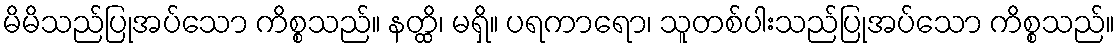
မိမိသည်ပြုအပ်သော ကိစ္စသည်။ နတ္ထိ၊ မရှိ။ ပရကာရော၊ သူတစ်ပါးသည်ပြုအပ်သော ကိစ္စသည်။